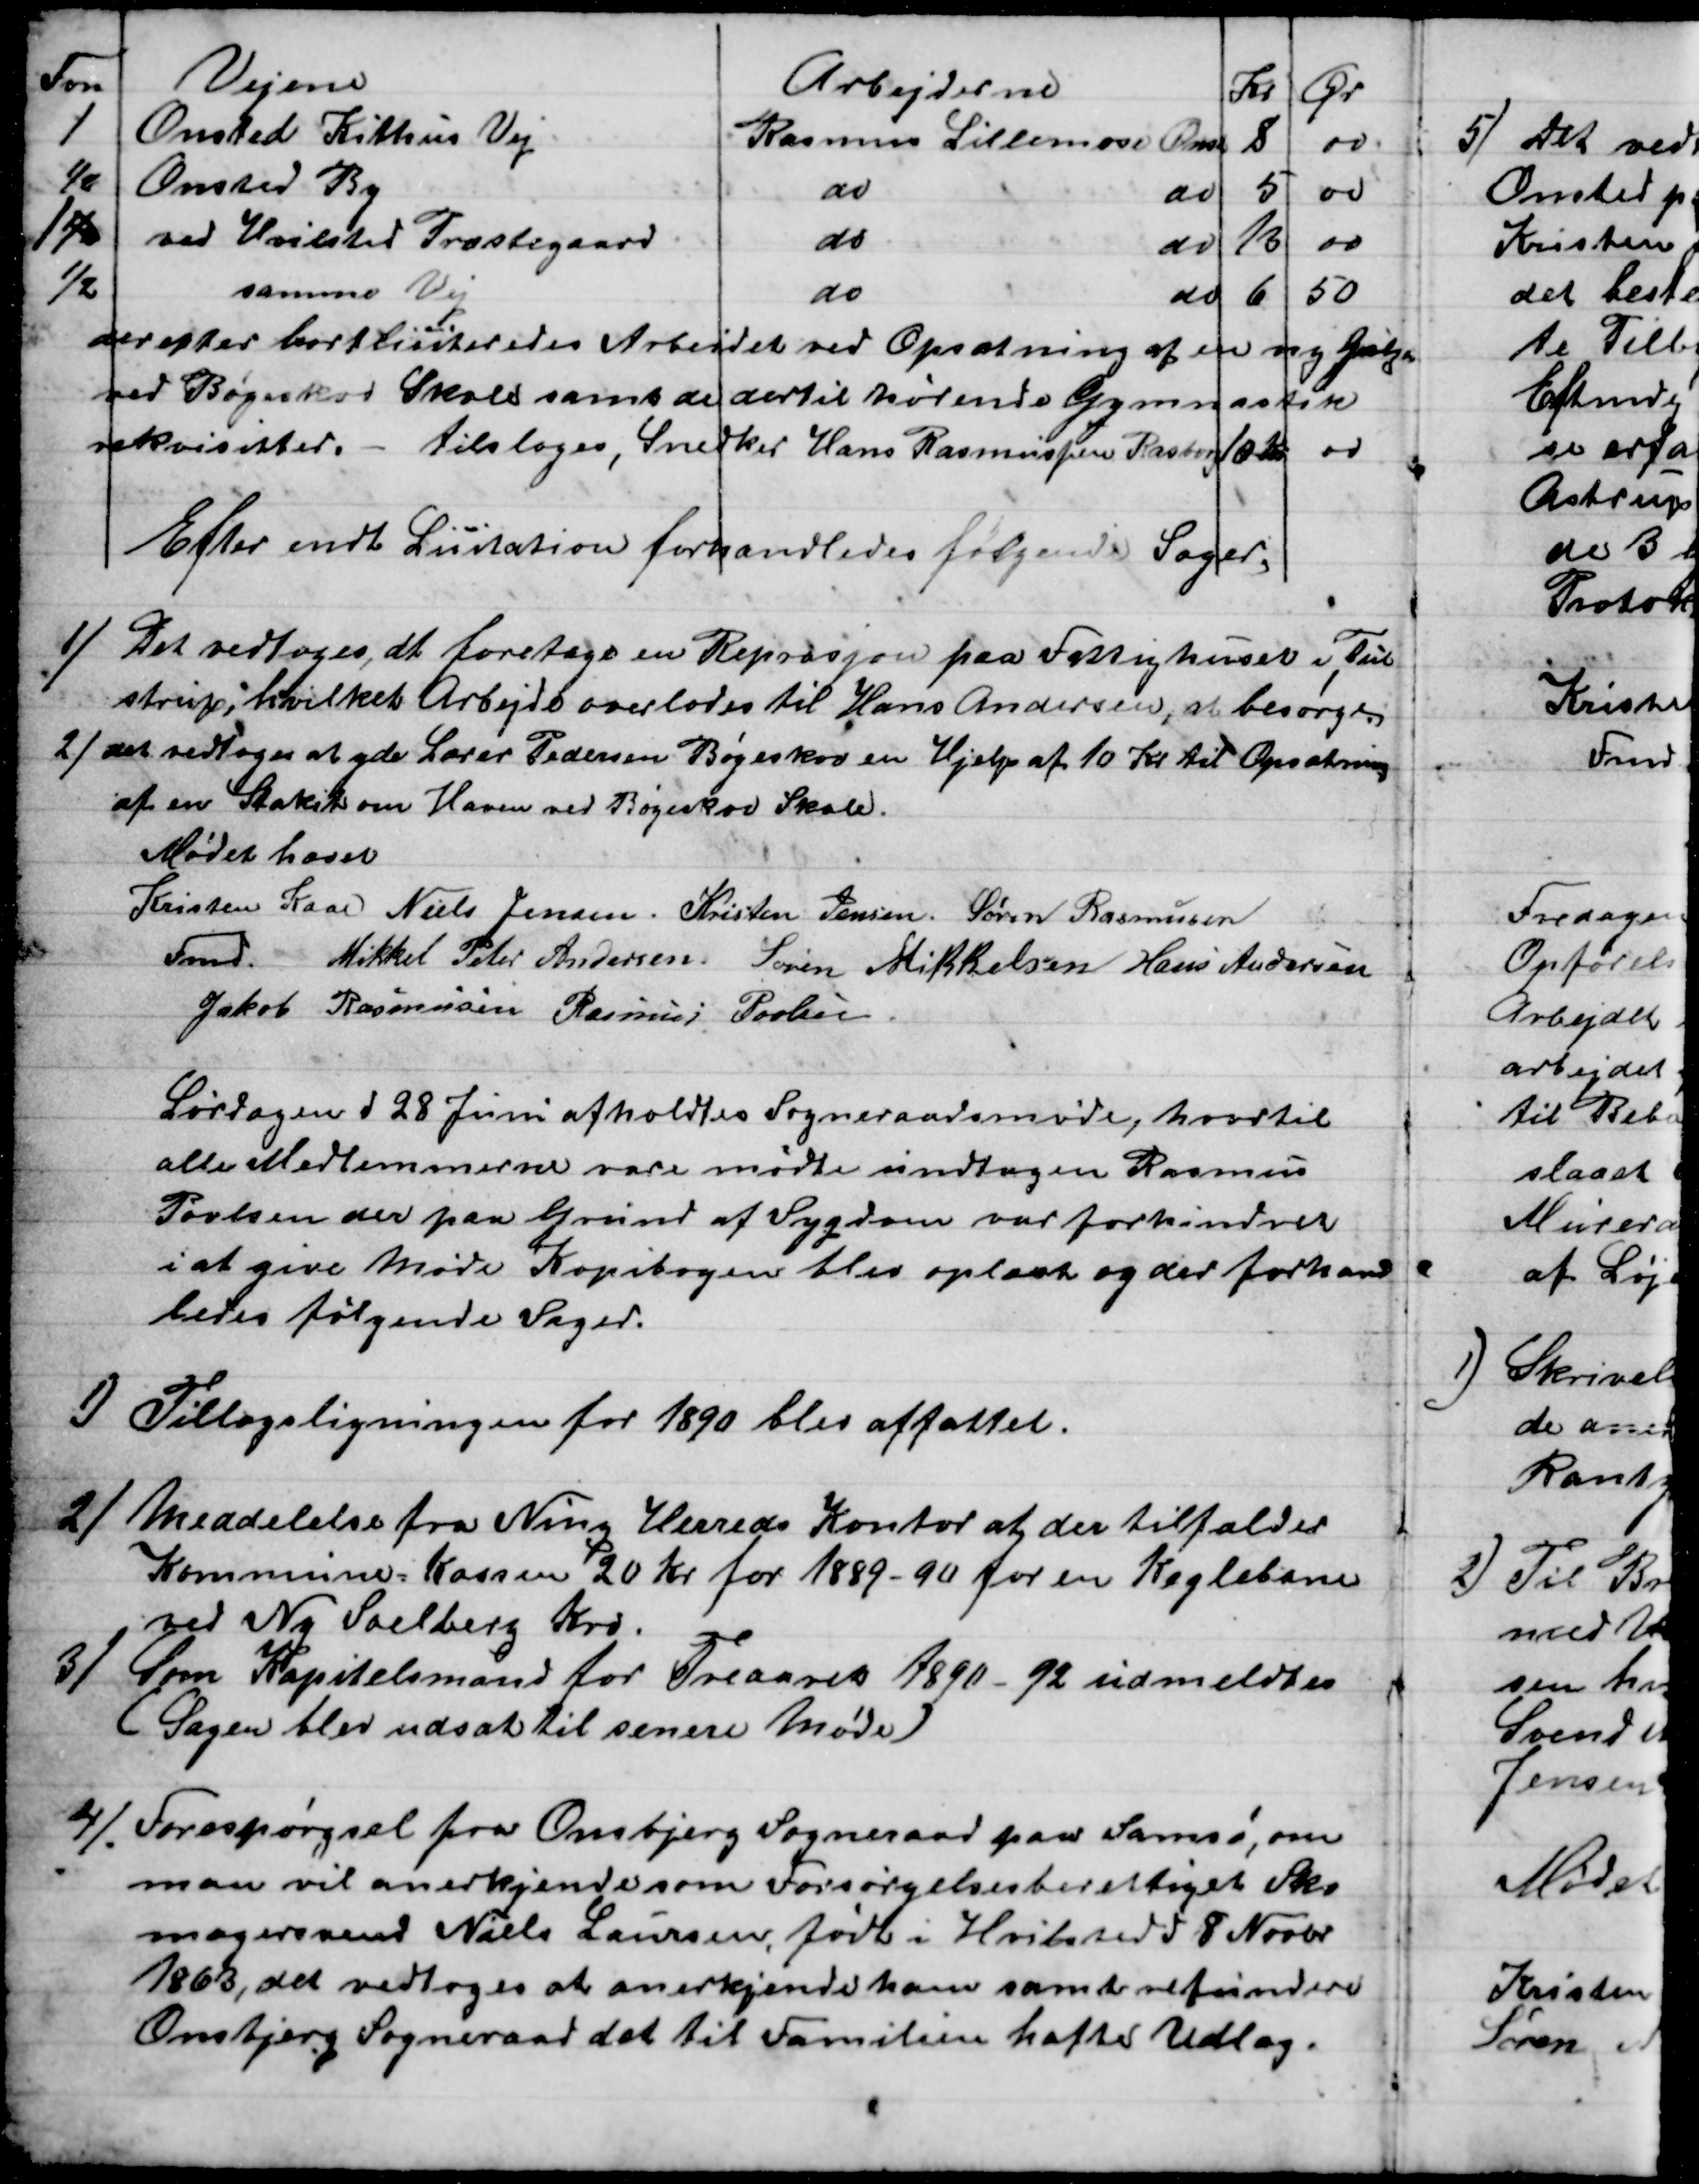
Transskription:
Fvn
Vejene
Arbejderne
Kr
Ør
1
Onsted Kithus Vej
Rasmus Lillemose Onst
8
00 
½
Onsted By
do
do
5
00
1½
ved Hvilsted Præstegaard
do
do
13
00
1/2
samme Vej
do
do
6
50
derefter bortlisiteredes Arbejdet ved Opsætning af en ny Galge
ved Bøgeskov Skole samt de dertil hørende Gymnastik
rekvisitter. - tilsloges, Snedker Hans Rasmussen Rasborg 10 Kr 00
Efter endt Licitation forhandledes følgende Sager,
1) 
 Det vedtoges, at foretage en Reprasjon paa Fattighuset i Tul
strup, hvilket Arbejde overlodes til Hans Andersen, at besørge
2) det vedtoges at yde Lærer Pedersen Bøgeskov en Hjelp af 10 Kr. til Opsætning
af en Stakit om Haven ved Bøgeskov Skole.
Mødet hævet
Kristen Kaae 
Fmd.  
Niels Jensen. Kristen Jensen Søren Rasmussen
Mikkel Peter Andersen Søren Mikkelsen Hans Andersen
Jakob Rasmussen Rasmus Povlsen
Lørdagen d 28 Juni afholdtes Sogneraadsmøde, hvortil
alle Medlemmerne vare mødte undtagen Rasmus
Povlsen der paa Grund af Sygdom var forhindret
i at give Møde Kopibogen blev oplæst og der forhand
ledes følgende Sager.
1)
Tillægsligningen for 1890 blev affattet.
2) Meddelelse fra Ning Herreds Kontor at der tilfalder
Kommune-Kassen 20 Kr for 1889-90 for en Keglebane
ved Ny Soelberg Kro.
3) Som Kapitelsmand for Treaaret 1890 - 92 udmeldtes
(Sagen blev udsat til senere Møde)
4). Forespørgsel fra Onsbjerg Sogneraad paa Samsø, om
man vil anerkjende som Forsørgelsesberettiget Sko
magersvend Niels Laursen, født i Hvilsted d 8 Novbr.
1863, det vedtoges at anerkjende ham samt refundere
Onsbjerg Sogneraad det til Familien hafte Udlæg.